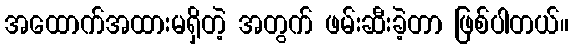
အထောက်အထားမရှိတဲ့ အတွက် ဖမ်းဆီးခဲ့တာ ဖြစ်ပါတယ်။